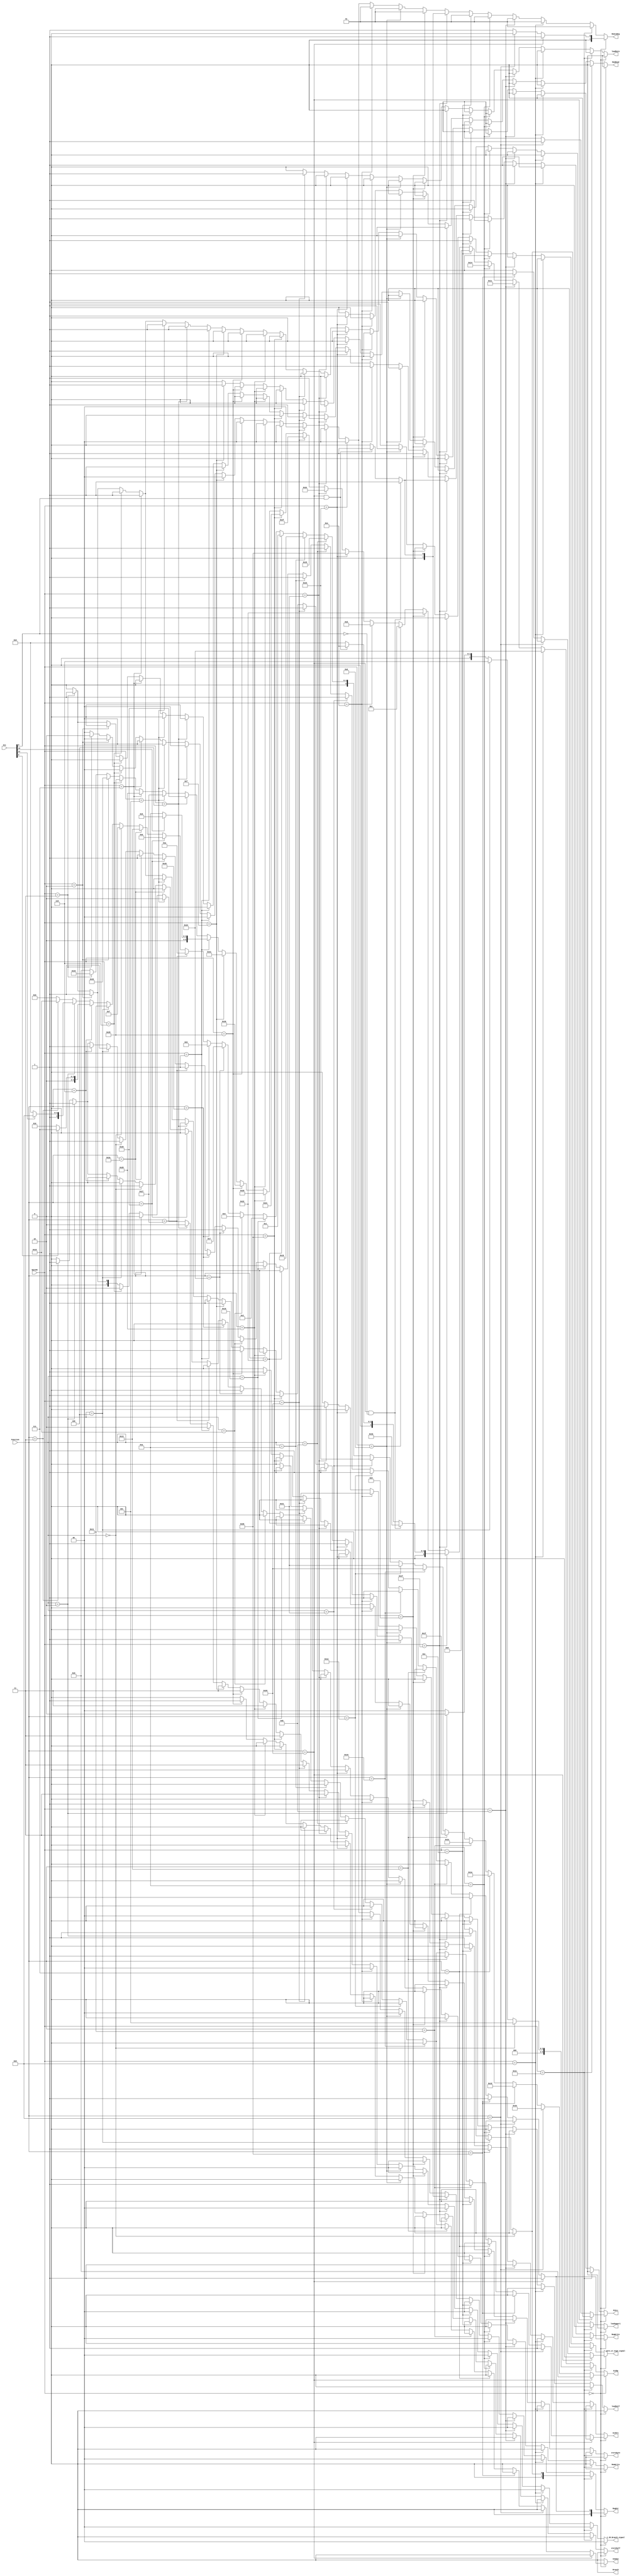
`timescale 1ns / 1ps
//////////////////////////////////////////////////////////////////////////////////
// Company: 
// Engineer: 
// 
// 
// 
//////////////////////////////////////////////////////////////////////////////////
////ask question:1,newmux

module Controller(Ins,Opcode, Function, newmux, RegDst,Branch, MemRead, MemtoReg, ALUOp, MemWrite, ALUSrc,RegWrite,PCSrc,Zero_or_Sign_signal,J_JR_Branch_signal,loadhalf,loadbyte,storehalf,storebyte,loadupperi);
    input [5:0] Opcode,  Function;
    input [31:0] Ins;  ///sddddddddddddddddasdsadas
   

    output reg  RegWrite, ALUSrc, MemRead, MemWrite, PCSrc,Branch,newmux,Zero_or_Sign_signal,loadhalf,loadbyte,storehalf,storebyte,loadupperi;
    output reg [5:0] ALUOp;
    output reg [1:0] RegDst, MemtoReg;
    output reg [1:0] J_JR_Branch_signal;
        always@(*) begin
        
        RegDst <=0; RegWrite <= 0; ALUSrc <= 0; ALUOp <= 6'b000000; MemRead <= 0;
        MemWrite <= 0; MemtoReg <= 0; PCSrc <= 0;newmux<=0; Branch <=0;J_JR_Branch_signal<=2'b00;
        Zero_or_Sign_signal<=0;loadhalf<=0;loadbyte<=0;storehalf<=0;storebyte<=0;loadupperi<=0;
       
                           
      if (Opcode == 6'b000000) begin
         if ( Function == 6'b100000) begin //add
            RegDst <= 1;
            Branch <= 0;
            MemRead <= 0;
            MemtoReg <= 1;
            ALUOp <= 6'b000000;
            MemWrite <= 0;
            ALUSrc <= 0;
            RegWrite <= 1;
            PCSrc <= 0;
         
            newmux<=0; 
            end
            
            
           else if (Function == 6'b001000) begin //  Jr
            RegDst <=0;
            MemRead <= 0;
            MemtoReg <= 0;
            ALUOp <= 6'b110011;
            MemWrite <= 0;
            ALUSrc <= 1;
            RegWrite <= 0;
            newmux<=0;
            PCSrc <= 1;
            J_JR_Branch_signal<=2'b00;
            Zero_or_Sign_signal<=0;loadhalf<=0;loadbyte<=0;storehalf<=0;storebyte<=0;loadupperi<=0;
            end               
            
            
            
            
           else if ( Function == 6'b101011) begin //SLTU
             RegDst <= 1;
             Branch <= 0;
             MemRead <= 0;
             MemtoReg <= 1;
             ALUOp <= 6'b011101;
             MemWrite <= 0;
             ALUSrc <= 0;
             RegWrite <= 1;
             PCSrc <= 0;
            newmux<=0;
             Zero_or_Sign_signal<=1;
             end
             
           else if ( Function == 6'b000111) begin //srav
              RegDst <= 1;
              Branch <= 0;
              MemRead <= 0;
              MemtoReg <= 1;
              ALUOp <= 6'b011010;
              MemWrite <= 0;
              ALUSrc <= 0;
              RegWrite <= 1;
              PCSrc <= 0;
              newmux <=0;
              end
           
            else if ( Function == 6'b010001) begin //MTHI
                RegDst <= 0;
                Branch <= 0;
                MemRead <= 0;
                MemtoReg <= 1;
                ALUOp <= 6'b011110;
                MemWrite <= 0;
                ALUSrc <=1;
                RegWrite <= 0;
                PCSrc <= 0;
                end            
            
           else if ( Function == 6'b010011) begin //MTlo
               RegDst <= 0;
               Branch <= 0;
               MemRead <= 0;
               MemtoReg <= 1;
               ALUOp <= 6'b011111;
               MemWrite <= 0;
               ALUSrc <=1;
               RegWrite <= 0;
               PCSrc <= 0;
               end         
        
            else if ( Function == 6'b010000) begin //MFHI
               RegDst <= 1;
               Branch <= 0;
               MemRead <= 0;
               MemtoReg <= 1;
               ALUOp <= 6'b100000;
               MemWrite <= 0;
               ALUSrc <=0;
               RegWrite <=1;
               PCSrc <= 0;
               end        
        
            else if ( Function == 6'b010010) begin //MFLO
               RegDst <= 1;
               Branch <= 0;
               MemRead <= 0;
               MemtoReg <= 1;
               ALUOp <=6'b100001;
               MemWrite <= 0;
               ALUSrc <=0;
               RegWrite <=1;
               PCSrc <= 0;
               end       
        
            else if ( Function == 6'b100001) begin //addu
               RegDst <= 1;
               Branch <= 0;
               MemRead <= 0;
               MemtoReg <= 1;
               ALUOp <= 6'b100011;
               MemWrite <= 0;
               ALUSrc <= 0;
               RegWrite <= 1;
               PCSrc <= 0;
               end
            
             else if ( Function == 6'b001011) begin //movn
                RegDst <= 1;
                Branch <= 0;
                MemRead <= 0;
                MemtoReg <= 1;
                ALUOp <= 6'b010101;
                MemWrite <= 0;
                ALUSrc <= 0;
                RegWrite <= 1;
                PCSrc <= 0;
                end
            
            
            else if ( Function == 6'b001010) begin //movz
                RegDst <= 1;
                Branch <= 0;
                MemRead <= 0;
                MemtoReg <= 1;
                ALUOp <= 6'b010110;
                MemWrite <= 0;
                ALUSrc <= 0;
                RegWrite <= 1;
                PCSrc <= 0;
                 end
            
            else if ( Function == 6'b100010) begin //sub
                RegDst <= 1;
                Branch <= 0;
                MemRead <= 0;
                MemtoReg <= 1;
                ALUOp <= 6'b000001;
                MemWrite <= 0;
                ALUSrc <= 0;
                RegWrite <= 1;
                PCSrc <= 0;
                newmux <=0;
                end
                
            else if ( Function == 6'b011000) begin //mult
            //flag == 3 -> forwarding
                 RegDst <= 0;
                 Branch <= 0;
                 MemRead <= 0;
                 MemtoReg <= 1;
                 ALUOp <= 6'b000011;
                 MemWrite <= 0;
                 ALUSrc <= 0;
                 RegWrite <= 0;
                 PCSrc <= 0;
                 newmux<=0;
                 end
                        
            else if ( Function == 6'b011001) begin //multu
                 RegDst <= 0;
                 Branch <= 0;
                 MemRead <= 0;
                 MemtoReg <= 1;
                 ALUOp <= 6'b000100;
                 MemWrite <= 0;
                 ALUSrc <= 0;
                 RegWrite <= 0;
                 PCSrc <= 0;
                 newmux<=0;
                 end             
            
            else if ( Function == 6'b100100) begin //and
                  RegDst <= 1;
                  Branch <= 0;
                  MemRead <= 0;
                  MemtoReg <= 1;
                  ALUOp <=64'b000111;
                  MemWrite <= 0;
                  ALUSrc <= 0;
                  RegWrite <= 1;
                  PCSrc <= 0;
                  newmux<=0;
                  end
            
           else if (Function == 6'b100101) begin //or
                   RegDst <= 1;
                   Branch <= 0;
                   MemRead <= 0;
                   MemtoReg <= 1;
                   ALUOp <= 6'b001001;
                   MemWrite <= 0;
                   ALUSrc <= 0;
                   RegWrite <= 1;
                   PCSrc <= 0;
                   end
            
           else if (Function == 6'b100111) begin //nor
                   RegDst <= 1;
                   Branch <= 0;
                   MemRead <= 0;
                   MemtoReg <= 1;
                   ALUOp <= 6'b001010;
                   MemWrite <= 0;
                   ALUSrc <= 0;
                   RegWrite <= 1;
                   PCSrc <= 0;
                   end
                      
                      
           else if (Function == 6'b100110) begin //xor
                    RegDst <= 1;
                    Branch <= 0;
                    MemRead <= 0;
                    MemtoReg <= 1;
                    ALUOp <= 6'b001011;
                    MemWrite <= 0;
                    ALUSrc <= 0;
                    RegWrite <= 1;
                    PCSrc <= 0;
                    end
            
            else if (Function == 6'b101010) begin  //slt
                    RegDst <= 1;
                    Branch <= 0;
                    MemRead <= 0;
                    MemtoReg <= 1;
                    ALUOp <= 6'b010011;
                    MemWrite <= 0;
                    ALUSrc <= 0;
                    RegWrite <= 1;
                    PCSrc <= 0;
                     newmux<=0;
                    end
            
            else if (Function== 6'b000000) begin  //sll
                     RegDst <= 1;
                     Branch <= 0;
                     MemRead <= 0;
                     MemtoReg <= 1;
                     ALUOp <= 6'b001111;
                     MemWrite <= 0;
                     ALUSrc <= 1;
                     RegWrite <= 1;
                     PCSrc <= 0;
                     newmux <= 1;
                     end
                     
             else if ( Function == 6'b000100) begin //sllv
                     RegDst <= 1;
                     Branch <= 0;
                     MemRead <= 0;
                     MemtoReg <= 1;
                     ALUOp <= 6'b010001;
                     MemWrite <= 0;
                     ALUSrc <= 0;
                     RegWrite <= 1;
                     PCSrc <= 0;
                     newmux <=0;
                     end
                       
            
             /*else if ( Function == 6'b000110) begin //srlv
              
                     RegDst <= 1;
                     Branch <= 0;
                     MemRead <= 0;
                     MemtoReg <= 1;
                     ALUOp <= 6'b010010;
                     MemWrite <= 0;
                     ALUSrc <= 0;
                     RegWrite <= 1;
                     PCSrc <= 0;
                     newmux <=0;
                     end
               */        
           
          /*  else if (Function == 6'b000010) begin //srl
                       RegDst <= 1;
                       Branch <= 0;
                       MemRead <= 0;
                       MemtoReg <= 1;
                       ALUOp <= 6'b010000;
                       MemWrite <= 0;
                       ALUSrc <= 1;
                       RegWrite <= 1;
                       PCSrc <= 0;
                       newmux <= 1;
                        end
            */
            else if (Function == 6'b000110) begin  //rotrv  //srlv
                      if(Ins[6]==1)
                      ALUOp <= 6'b010111;
                      else
                       ALUOp <= 6'b010010;
                       RegDst <= 1;
                       Branch <= 0;
                       MemRead <= 0;
                       MemtoReg <= 1;
                       
                       MemWrite <= 0;
                       ALUSrc <= 0;
                       RegWrite <= 1;
                       PCSrc <= 0;
                       newmux<=0; 
                       end
            
            else if (Function == 6'b000010) begin  //rotr  //SRL
                      if(Ins[21]==1)
                      ALUOp<=6'b011000;
                      else
                       ALUOp <= 6'b010000;
                        RegDst <= 1;
                        Branch <= 0;
                        MemRead <= 0;
                        MemtoReg <= 1;
                       
                        MemWrite <= 0;
                        ALUSrc <= 1;
                        RegWrite <= 1;
                        PCSrc <= 0;
                        newmux<=1; 
                        end
            
            
            
            else if (Function == 6'b000011) begin  //sra
                        RegDst <= 1;
                        Branch <= 0;
                        MemRead <= 0;
                        MemtoReg <= 1;
                        ALUOp <= 6'b011001;
                        MemWrite <= 0;
                        ALUSrc <= 1;
                        RegWrite <= 1;
                        PCSrc <= 0;
                        newmux <= 1;                                  
                        end
          
            else begin
                       RegDst <= 0;
                       Branch <= 0;
                       MemRead <= 0;
                       MemtoReg <= 1;
                       ALUOp <= 6'b000000;
                       MemWrite <= 0;
                       ALUSrc <= 0;
                       RegWrite <= 0;
                       PCSrc <= 0;
                       newmux <=0;
                       end
        
            end
        
        
        
        else if (Opcode == 6'b011100) begin
        
            if (Function == 6'b000000) begin //madd
                        
                      RegDst <= 0;
                      Branch <= 0;
                      MemRead <= 0;
                      MemtoReg <= 1;
                      ALUOp <= 6'b000101;
                      MemWrite <= 0;
                      ALUSrc <= 0;
                      RegWrite <= 0;
                      PCSrc <= 0;
                      newmux<=0;
                      end
                        
              else if (Function == 6'b000100) begin //msub
                        RegDst <= 0;
                        Branch <= 0;
                        MemRead <= 0;
                        MemtoReg <= 1;
                        ALUOp <= 6'b000110;
                        MemWrite <= 0;
                        ALUSrc <= 0;
                        RegWrite <= 0;
                        PCSrc <= 0;
                        newmux<=0;
                        end       
             
           else if (Function== 6'b000010) begin //mul
                       RegDst <= 1;
                       Branch <= 0;
                       MemRead <= 0;
                       MemtoReg <= 1;
                       ALUOp <= 6'b000010;
                       MemWrite <= 0;
                       ALUSrc <= 0;
                       RegWrite <= 1;
                       PCSrc <= 0;
                       newmux<=0;
                        end
            
            else begin 
                      RegDst <= 0;
                      Branch <= 0;
                      MemRead <= 0;
                      MemtoReg <= 1;
                      ALUOp <= 6'b000000;
                      MemWrite <= 0;
                      ALUSrc <= 0;
                      RegWrite <= 0;
                      PCSrc <= 0;
                     end
              end
        
        
        else if (Opcode == 6'b001000) begin //addi
                   RegDst <= 0;
                   Branch <= 0;
                   MemRead <= 0;
                   MemtoReg <= 1;
                   ALUOp <= 6'b100100;
                   MemWrite <= 0;
                   ALUSrc <= 1;
                   RegWrite <= 1;
                   PCSrc <= 0;
                   newmux<=0;
                
                   end
         
           else if (Opcode == 6'b001011) begin //sltIU
                     RegDst <= 0;
                     Branch <= 0;
                     MemRead <= 0;
                     MemtoReg <= 1;
                     ALUOp <=6'b011100;
                     MemWrite <= 0;
                     ALUSrc <= 1;
                     RegWrite <= 1;
                     PCSrc <= 0;
                     newmux<=0;
                     end
            
        
        
         else if (Opcode == 6'b001010) begin //slti
                    RegDst <= 0;
                    Branch <= 0;
                    MemRead <= 0;
                    MemtoReg <= 1;
                    ALUOp <= 6'b010100;
                   MemWrite <= 0;
                    ALUSrc <= 1;
                    RegWrite <= 1;
                    PCSrc <= 0;
                    newmux<=0;
                    end
        
        
         else if (Opcode == 6'b001100) begin //andi
                    RegDst <= 0;
                    Branch <= 0;
                    MemRead <= 0;
                    MemtoReg <= 1;
                    ALUOp <= 6'b001000;
                    MemWrite <= 0;
                    ALUSrc <= 1;
                     RegWrite <= 1;
                     PCSrc <= 0;   
                     newmux<=0;
                      Zero_or_Sign_signal<=1;
                     end
               
               
        else if (Opcode == 6'b011111) begin //seh
                   if(Function == 6'b100000 & Ins[9]==0 )begin
                 // if(Ins[9]==0) begin
                     ALUOp <= 6'b011011;
                        RegDst <=1;
                                        Branch <= 0;
                                        MemRead <= 0;
                                        MemtoReg <= 1;
                                     //   ALUOp <= 6'b001110;
                                        MemWrite <= 0;
                                        ALUSrc <= 0;
                                        RegWrite <= 1;
                                        PCSrc <= 0;
                                        newmux<=0;
                  // end
                    end
                     else if(Function == 6'b100000 & Ins[9]==1) begin
                    
                      RegDst <=1;
                      Branch <= 0;
                      MemRead <= 0;
                      MemtoReg <= 1;
                      ALUOp <= 6'b001110;
                      MemWrite <= 0;
                      ALUSrc <= 0;
                      RegWrite <= 1;
                      PCSrc <= 0;
                      newmux<=0;
                      end
                              
                                                   
                 end              
        
       
        
         else if (Opcode == 6'b001001) begin //addiu
                     RegDst <= 0;
                     Branch <= 0;
                     MemRead <= 0;
                     MemtoReg <= 1;
                     ALUOp <= 6'b100010;
                     MemWrite <= 0;
                     ALUSrc <= 1;
                     RegWrite <= 1;
                     PCSrc <= 0;
                     end
        
        else if (Opcode == 6'b001101) begin //ori
                  RegDst <=0;
                   Branch <= 0;
                   MemRead <= 0;
                   MemtoReg <= 1;
                   ALUOp <= 6'b001100;
                   MemWrite <= 0;
                   ALUSrc <= 1;
                   RegWrite <= 1;
                   PCSrc <= 0;
                   newmux<=0;
                    Zero_or_Sign_signal<=1;
                   
                    end 
        
         else if (Opcode == 6'b001110) begin //xori
                    RegDst <=0;
                    Branch <= 0;
                    MemRead <= 0;
                    MemtoReg <= 1;
                    ALUOp <= 6'b001101;
                    MemWrite <= 0;
                    ALUSrc <= 1;
                    RegWrite <= 1;
                    newmux<=0;
                    PCSrc <= 0;
                    end 
        else if (Opcode == 6'b100011) begin //lw
                     RegDst <=0;
                     Branch <= 0;
                     MemRead <= 1;
                     MemtoReg <= 0;
                     ALUOp <= 6'b101011;
                     MemWrite <= 0;
                     ALUSrc <= 1;
                     RegWrite <= 1;
                     newmux<=0;
                     PCSrc <= 0;
                      J_JR_Branch_signal<=2'b11;
                      Zero_or_Sign_signal<=0;loadhalf<=0;loadbyte<=0;storehalf<=0;storebyte<=0;loadupperi<=0;
        
        end 
        else if (Opcode == 6'b100001) begin //lh
                     RegDst <=0;
                     Branch <= 0;
                     MemRead <= 0;
                     MemtoReg <= 0;
                     ALUOp <= 6'b101110;
                     MemWrite <= 0;
                     ALUSrc <= 1;
                     RegWrite <= 1;
                     newmux<=0;
                     PCSrc <= 0;
                      J_JR_Branch_signal<=2'b11;
                      Zero_or_Sign_signal<=0;loadhalf<=1;loadbyte<=0;storehalf<=0;storebyte<=0;loadupperi<=0;
        
        end 

        else if (Opcode == 6'b100000) begin //lb
                     RegDst <=0;
                     Branch <= 0;
                     MemRead <= 0;
                     MemtoReg <= 0;
                     ALUOp <= 6'b101111;
                     MemWrite <= 0;
                     ALUSrc <= 1;
                     RegWrite <= 1;
                     newmux<=0;
                     PCSrc <= 0;
                     J_JR_Branch_signal<=2'b11;
                     Zero_or_Sign_signal<=0;loadhalf<=0;loadbyte<=1;storehalf<=0;storebyte<=0;loadupperi<=0;
        
        end         
 
 
                else if (Opcode == 6'b101011) begin //sw
                             RegDst <=0;
                             Branch <= 0;
                             MemRead <= 0;
                             MemtoReg <= 0;
                             ALUOp <= 6'b101100;
                             MemWrite <= 1;
                             ALUSrc <= 1;
                             RegWrite <= 0;
                             newmux<=0;
                             PCSrc <= 0;
                             J_JR_Branch_signal<=2'b11;
                             Zero_or_Sign_signal<=0;loadhalf<=0;loadbyte<=0;storehalf<=0;storebyte<=0;loadupperi<=0;
                
                end      
                else if (Opcode == 6'b101000) begin //sb
                             RegDst <=0;
                             Branch <= 0;
                             MemRead <= 0;
                             MemtoReg <= 0;
                             ALUOp <= 6'b101101;
                             MemWrite <= 0;
                             ALUSrc <= 1;
                             RegWrite <= 0;
                             newmux<=0;
                             PCSrc <= 0;
                             J_JR_Branch_signal<=2'b11;
                             Zero_or_Sign_signal<=0;loadhalf<=0;loadbyte<=0;storehalf<=0;storebyte<=1;loadupperi<=0;
                
                end  
                else if (Opcode == 6'b101001) begin //sh
                             RegDst <=0;
                             Branch <= 0;
                             MemRead <= 0;
                             MemtoReg <= 0;
                             ALUOp <= 6'b110000;
                             MemWrite <= 0;
                             ALUSrc <= 1;
                             RegWrite <= 0;
                             newmux<=0;
                             PCSrc <= 0;
                             J_JR_Branch_signal<=2'b11;
                             Zero_or_Sign_signal<=0;loadhalf<=0;loadbyte<=0;storehalf<=1;storebyte<=0;loadupperi<=0;
                
                end  
        else if (Opcode == 6'b001111) begin //lui
                             RegDst <=0;
                             Branch <= 0;
                             MemRead <= 0;
                             MemtoReg <= 0;
                             ALUOp <= 6'b110001;
                             MemWrite <= 0;
                             ALUSrc <= 1;
                             RegWrite <= 1;
                             newmux<=0;
                             PCSrc <= 0;
                             J_JR_Branch_signal<=2'b11;
                             Zero_or_Sign_signal<=0;loadhalf<=0;loadbyte<=0;storehalf<=0;storebyte<=0;loadupperi<=1;
                
                end                         

        else if (Opcode == 6'b000001) begin //bgez  OR BLTZ
             if(Ins[16]==1)
              ALUOp <= 6'b100101;
              else if(Ins[16]==0)
              ALUOp <= 6'b101010;
                RegDst <=0;
                MemRead <= 0;
                MemtoReg <= 0;
                MemWrite <= 0;
                ALUSrc <= 1;
                RegWrite <= 0;
                newmux<=0;
                PCSrc <= 1;
                J_JR_Branch_signal<=2'b10;
                Zero_or_Sign_signal<=0;loadhalf<=0;loadbyte<=0;storehalf<=0;storebyte<=0;loadupperi<=0;
                
        end  
         
        else if (Opcode == 6'b000100) begin //BEQ
                RegDst <=0;
                MemRead <= 0;
                MemtoReg <= 0;
                ALUOp <= 6'b100110;
                MemWrite <= 0;
                ALUSrc <= 0;
                RegWrite <= 0;
                newmux<=0;
                PCSrc <= 1;
                J_JR_Branch_signal<=2'b10;
                Zero_or_Sign_signal<=0;loadhalf<=0;loadbyte<=0;storehalf<=0;storebyte<=0;loadupperi<=0;
                
        end 
        
        else if (Opcode == 6'b000101) begin //BNE
                RegDst <=0;
                MemRead <= 0;
                MemtoReg <= 0;
                ALUOp <= 6'b100111;
                MemWrite <= 0;
                ALUSrc <= 0;
                RegWrite <= 0;
                newmux<=0;
                PCSrc <= 1;
                J_JR_Branch_signal<=2'b10;
                Zero_or_Sign_signal<=0;loadhalf<=0;loadbyte<=0;storehalf<=0;storebyte<=0;loadupperi<=0;
                
        end 
 
         else if (Opcode == 6'b000111) begin //BGTZ
                RegDst <=0;
                MemRead <= 0;
                MemtoReg <= 0;
                ALUOp <= 6'b101000;
                MemWrite <= 0;
                ALUSrc <= 1;
                RegWrite <= 0;
                newmux<=0;
                PCSrc <= 1;
                J_JR_Branch_signal<=2'b10;
                Zero_or_Sign_signal<=0;loadhalf<=0;loadbyte<=0;storehalf<=0;storebyte<=0;loadupperi<=0;
                
        end 
        
        else if (Opcode == 6'b000110) begin //BLEZ  
                  RegDst <=0;
                  MemRead <= 0;
                  MemtoReg <= 0;
                  ALUOp <= 6'b101001;
                  MemWrite <= 0;
                  ALUSrc <= 1;
                  RegWrite <= 0;
                  newmux<=0;
                  PCSrc <= 1;
                  J_JR_Branch_signal<=2'b10;
                  Zero_or_Sign_signal<=0;loadhalf<=0;loadbyte<=0;storehalf<=0;storebyte<=0;loadupperi<=0;
                       
               end        
        
        else if (Opcode == 6'b000010) begin //  J
                 RegDst <=0;
                 MemRead <= 0;
                 MemtoReg <= 0;
                 ALUOp <= 6'b110010;
                 MemWrite <= 0;
                 ALUSrc <= 1;
                 RegWrite <= 0;
                 newmux<=0;
                 PCSrc <= 1;
                 J_JR_Branch_signal<=2'b01;
                 Zero_or_Sign_signal<=0;loadhalf<=0;loadbyte<=0;storehalf<=0;storebyte<=0;loadupperi<=0;
                 end                
         
        else if (Opcode == 6'b000011) begin //  Jal
                 RegDst <=2'b10;
                 MemRead <= 0;
                 MemtoReg <= 2'b10;
                 ALUOp <= 6'b110100;
                 MemWrite <= 0;
                 ALUSrc <= 1;
                 RegWrite <= 1;
                 newmux<=0;
                 PCSrc <= 1;
                 J_JR_Branch_signal<=2'b01;
                 Zero_or_Sign_signal<=0;loadhalf<=0;loadbyte<=0;storehalf<=0;storebyte<=0;loadupperi<=0;
        end                
                                      
        
                                                                           
                                                          
        else begin
         RegDst <= 0; RegWrite <= 0; ALUSrc <= 0; ALUOp <= 6'b000000; MemRead <= 0;
         MemWrite <= 0; MemtoReg <= 0; PCSrc <= 0;
         Branch <=0;J_JR_Branch_signal<=2'b00;newmux<=0;
         Zero_or_Sign_signal<=0;loadhalf<=0;loadbyte<=0;storehalf<=0;storebyte<=0;loadupperi<=0;
        
        end
        
        end
        
endmodule